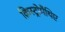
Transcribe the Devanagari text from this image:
क्रिस्ट्रोमैथिए